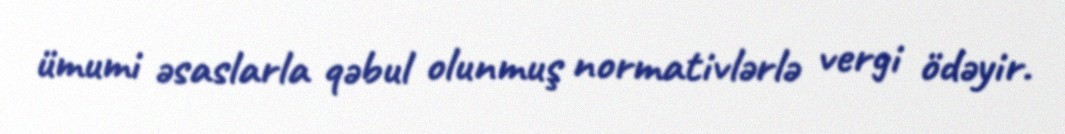
ümumi əsaslarla qəbul olunmuş normativlərlə vergi ödəyir.